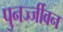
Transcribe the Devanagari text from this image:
पुनर्ज्जीवन